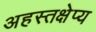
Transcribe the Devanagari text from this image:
अहस्तक्षेप्य